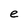
Character: e